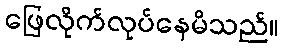
ဖြေလိုက်လုပ်နေမိသည်။